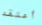
أعتقد